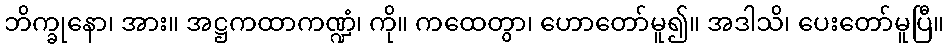
ဘိက္ခုနော၊ အား။ အဋ္ဌကထာကဏ္ဍံ၊ ကို။ ကထေတွာ၊ ဟောတော်မူ၍။ အဒါသိ၊ ပေးတော်မူပြီ။